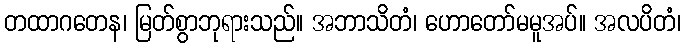
တထာဂတေန၊ မြတ်စွာဘုရားသည်။ အဘာသိတံ၊ ဟောတော်မမူအပ်။ အလပိတံ၊